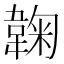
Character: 䪕